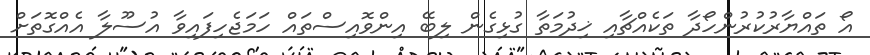
އޯ ތައްޔާރުކުރުންހޯދާ ތަކެއްޗާއި ޚިދުމަތާ ގުޅިގެން ލިބޭ އިންވޮއިސްތައް ހަމަޖެހިފައިވާ އުސޫލާ އެއްގޮތަށް